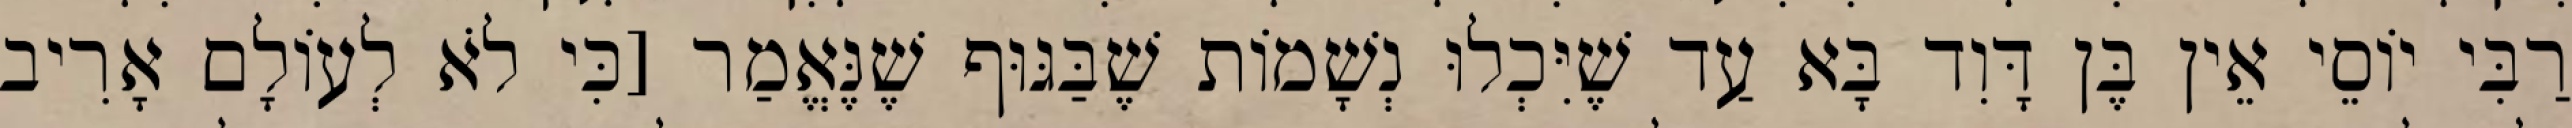
רַבִּי יוֹסֵי אֵין בֶּן דָּוִד בָּא עַד שֶׁיִּכְלוּ נְשָׁמוֹת שֶׁבַּגּוּף שֶׁנֶּאֱמַר [כִּי לֹא לְעוֹלָם אָרִיב